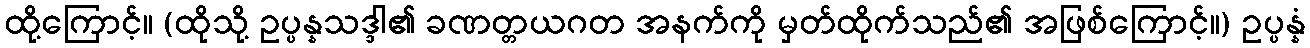
ထို့ကြောင့်။ (ထိုသို့ ဥပ္ပန္နသဒ္ဒါ၏ ခဏတ္တယဂတ အနက်ကို မှတ်ထိုက်သည်၏ အဖြစ်ကြောင့်။) ဥပ္ပန္နံ